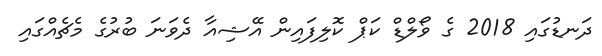
ދަނޑުގައި 2018 ގެ ވޯލްޑް ކަޕް ކޮލިފައިން އޭޝިއާ ދެވަނަ ބުރުގެ މެޗެއްގައި